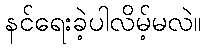
နင်ရေးခဲ့ပါလိမ့်မလဲ။